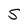
Character: S